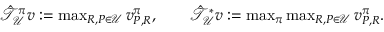
\begin{array} { r } { \Hat { \mathcal { T } } _ { \mathcal { U } } ^ { \pi } v : = \operatorname* { m a x } _ { R , P \in \mathcal { U } } v _ { P , R } ^ { \pi } , \qquad \Hat { \mathcal { T } } _ { \mathcal { U } } ^ { * } v : = \operatorname* { m a x } _ { \pi } \operatorname* { m a x } _ { R , P \in \mathcal { U } } v _ { P , R } ^ { \pi } . } \end{array}